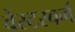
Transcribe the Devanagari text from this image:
वेस्टरबर्ग